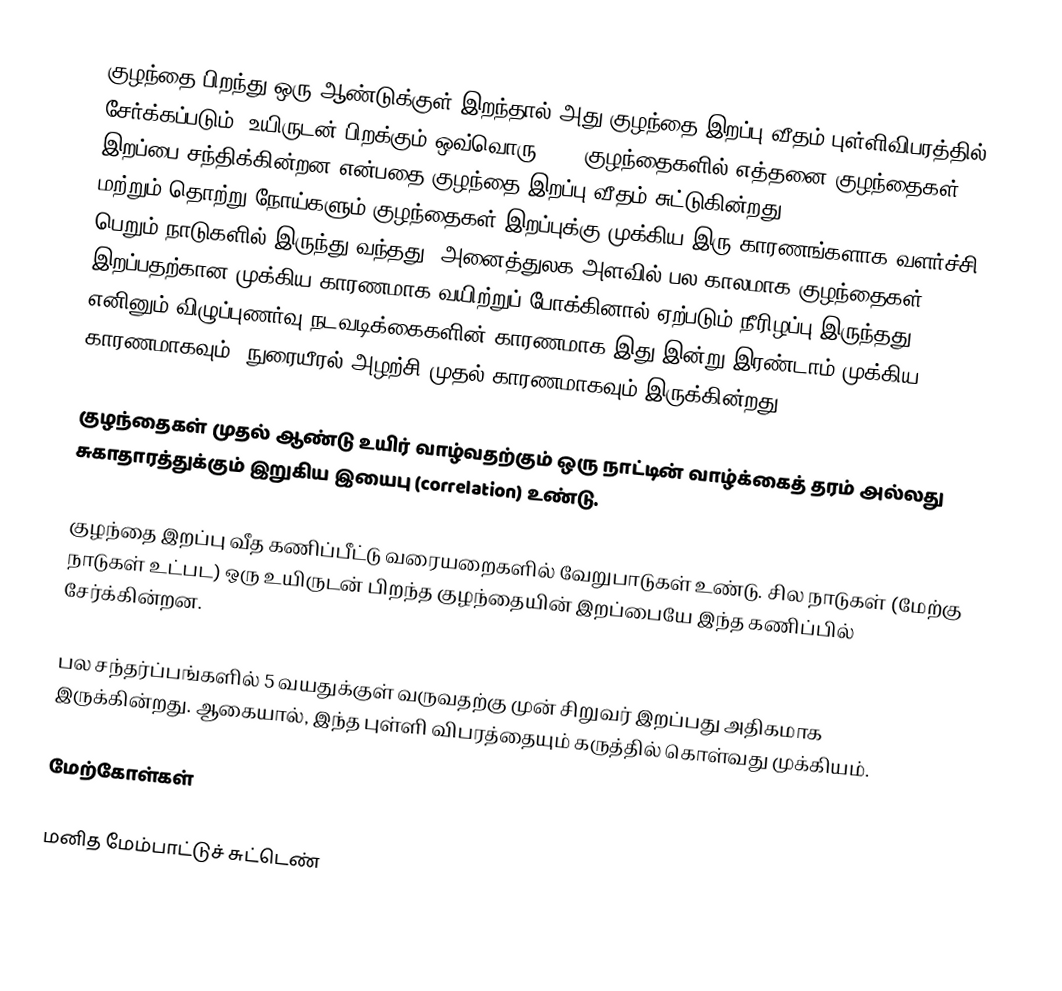
குழந்தை பிறந்து ஒரு ஆண்டுக்குள் இறந்தால் அது குழந்தை இறப்பு வீதம் புள்ளிவிபரத்தில் சேர்க்கப்படும்.  உயிருடன் பிறக்கும் ஒவ்வொரு 1000 குழந்தைகளில் எத்தனை குழந்தைகள் இறப்பை சந்திக்கின்றன என்பதை குழந்தை இறப்பு வீதம் சுட்டுகின்றது.  Congenital disorder மற்றும் தொற்று நோய்களும் குழந்தைகள் இறப்புக்கு முக்கிய இரு காரணங்களாக வளர்ச்சி பெறும் நாடுகளில் இருந்து வந்தது.  அனைத்துலக அளவில் பல காலமாக குழந்தைகள் இறப்பதற்கான முக்கிய காரணமாக  வயிற்றுப் போக்கினால் ஏற்படும் நீரிழப்பு  இருந்தது.  எனினும் விழுப்புணர்வு நடவடிக்கைகளின் காரணமாக இது இன்று இரண்டாம் முக்கிய காரணமாகவும், நுரையீரல் அழற்சி முதல் காரணமாகவும் இருக்கின்றது.

குழந்தைகள் முதல் ஆண்டு உயிர் வாழ்வதற்கும் ஒரு நாட்டின் வாழ்க்கைத் தரம் அல்லது சுகாதாரத்துக்கும் இறுகிய இயைபு (correlation) உண்டு.

குழந்தை இறப்பு வீத கணிப்பீட்டு வரையறைகளில் வேறுபாடுகள் உண்டு.  சில நாடுகள் (மேற்கு நாடுகள் உட்பட) ஒரு உயிருடன் பிறந்த குழந்தையின் இறப்பையே இந்த கணிப்பில் சேர்க்கின்றன.

பல சந்தர்ப்பங்களில்  5 வயதுக்குள் வருவதற்கு முன் சிறுவர் இறப்பது அதிகமாக இருக்கின்றது.  ஆகையால், இந்த புள்ளி விபரத்தையும் கருத்தில் கொள்வது முக்கியம்.

மேற்கோள்கள்

மனித மேம்பாட்டுச் சுட்டெண்